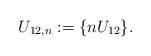
LaTeX: \begin{align*}U_{12,n}:=\{nU_{12}\}.\end{align*}